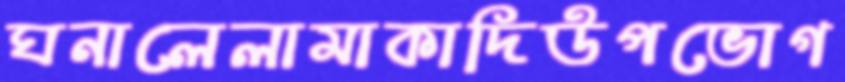
ঘনালেলামাকাদিউপভোগ